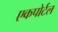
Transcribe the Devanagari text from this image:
एकपोर्टल